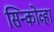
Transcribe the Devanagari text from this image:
सिन्कोव्हा